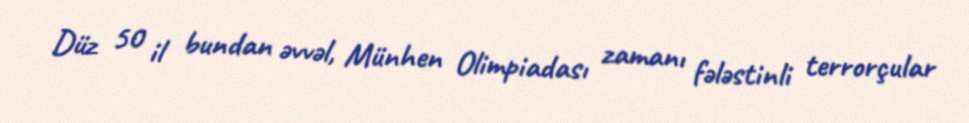
Düz 50 il bundan əvvəl, Münhen Olimpiadası zamanı fələstinli terrorçular